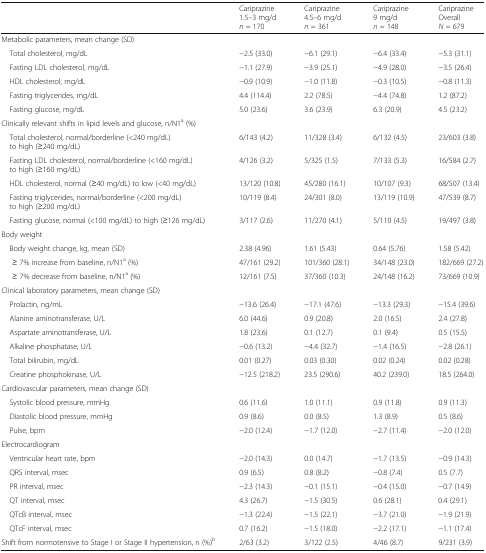
<table><thead><tr><td></td><td><b>Cariprazine1.5–3 mg/d<i>n</i> = 170</b></td><td><b>Cariprazine4.5–6 mg/d<i>n</i> = 361</b></td><td><b>Cariprazine9 mg/d<i>n</i> = 148</b></td><td><b>CariprazineOverall<i>N</i> = 679</b></td></tr></thead><tbody><tr><td colspan="5">Metabolic parameters, mean change (SD)</td></tr><tr><td> Total cholesterol, mg/dL</td><td>−2.5 (33.0)</td><td>−6.1 (29.1)</td><td>−6.4 (33.4)</td><td>−5.3 (31.1)</td></tr><tr><td> Fasting LDL cholesterol, mg/dL</td><td>−1.1 (27.9)</td><td>−3.9 (25.1)</td><td>−4.9 (28.0)</td><td>−3.5 (26.4)</td></tr><tr><td> HDL cholesterol, mg/dL</td><td>−0.9 (10.9)</td><td>−1.0 (11.8)</td><td>−0.3 (10.5)</td><td>−0.8 (11.3)</td></tr><tr><td> Fasting triglycerides, mg/dL</td><td>4.4 (114.4)</td><td>2.2 (78.5)</td><td>−4.4 (74.8)</td><td>1.2 (87.2)</td></tr><tr><td> Fasting glucose, mg/dL</td><td>5.0 (23.6)</td><td>3.6 (23.9)</td><td>6.3 (20.9)</td><td>4.5 (23.2)</td></tr><tr><td colspan="5">Clinically relevant shifts in lipid levels and glucose, n/N1<sup>a</sup> (%)</td></tr><tr><td> Total cholesterol, normal/borderline (&lt;240 mg/dL) to high (≥240 mg/dL)</td><td>6/143 (4.2)</td><td>11/328 (3.4)</td><td>6/132 (4.5)</td><td>23/603 (3.8)</td></tr><tr><td> Fasting LDL cholesterol, normal/borderline (&lt;160 mg/dL) to high (≥160 mg/dL)</td><td>4/126 (3.2)</td><td>5/325 (1.5)</td><td>7/133 (5.3)</td><td>16/584 (2.7)</td></tr><tr><td> HDL cholesterol, normal (≥40 mg/dL) to low (&lt;40 mg/dL)</td><td>13/120 (10.8)</td><td>45/280 (16.1)</td><td>10/107 (9.3)</td><td>68/507 (13.4)</td></tr><tr><td> Fasting triglycerides, normal/borderline (&lt;200 mg/dL) to high (≥200 mg/dL)</td><td>10/119 (8.4)</td><td>24/301 (8.0)</td><td>13/119 (10.9)</td><td>47/539 (8.7)</td></tr><tr><td> Fasting glucose, normal (&lt;100 mg/dL) to high (≥126 mg/dL)</td><td>3/117 (2.6)</td><td>11/270 (4.1)</td><td>5/110 (4.5)</td><td>19/497 (3.8)</td></tr><tr><td colspan="5">Body weight</td></tr><tr><td> Body weight change, kg, mean (SD)</td><td>2.38 (4.96)</td><td>1.61 (5.43)</td><td>0.64 (5.76)</td><td>1.58 (5.42)</td></tr><tr><td>≥ 7% increase from baseline, n/N1<sup>a</sup> (%)</td><td>47/161 (29.2)</td><td>101/360 (28.1)</td><td>34/148 (23.0)</td><td>182/669 (27.2)</td></tr><tr><td>≥ 7% decrease from baseline, n/N1<sup>a</sup> (%)</td><td>12/161 (7.5)</td><td>37/360 (10.3)</td><td>24/148 (16.2)</td><td>73/669 (10.9)</td></tr><tr><td colspan="5">Clinical laboratory parameters, mean change (SD)</td></tr><tr><td> Prolactin, ng/mL</td><td>−13.6 (26.4)</td><td>−17.1 (47.6)</td><td>−13.3 (29.3)</td><td>−15.4 (39.6)</td></tr><tr><td> Alanine aminotransferase, U/L</td><td>6.0 (44.6)</td><td>0.9 (20.8)</td><td>2.0 (16.5)</td><td>2.4 (27.8)</td></tr><tr><td> Aspartate aminotransferase, U/L</td><td>1.8 (23.6)</td><td>0.1 (12.7)</td><td>0.1 (9.4)</td><td>0.5 (15.5)</td></tr><tr><td> Alkaline phosphatase, U/L</td><td>−0.6 (13.2)</td><td>−4.4 (32.7)</td><td>−1.4 (16.5)</td><td>−2.8 (26.1)</td></tr><tr><td> Total bilirubin, mg/dL</td><td>0.01 (0.27)</td><td>0.03 (0.30)</td><td>0.02 (0.24)</td><td>0.02 (0.28)</td></tr><tr><td> Creatine phosphokinase, U/L</td><td>−12.5 (218.2)</td><td>23.5 (290.6)</td><td>40.2 (239.0)</td><td>18.5 (264.0)</td></tr><tr><td colspan="5">Cardiovascular parameters, mean change (SD)</td></tr><tr><td> Systolic blood pressure, mmHg</td><td>0.6 (11.6)</td><td>1.0 (11.1)</td><td>0.9 (11.8)</td><td>0.9 (11.3)</td></tr><tr><td> Diastolic blood pressure, mmHg</td><td>0.9 (8.6)</td><td>0.0 (8.5)</td><td>1.3 (8.9)</td><td>0.5 (8.6)</td></tr><tr><td> Pulse, bpm</td><td>−2.0 (12.4)</td><td>−1.7 (12.0)</td><td>−2.7 (11.4)</td><td>−2.0 (12.0)</td></tr><tr><td colspan="5">Electrocardiogram</td></tr><tr><td> Ventricular heart rate, bpm</td><td>−2.0 (14.3)</td><td>0.0 (14.7)</td><td>−1.7 (13.5)</td><td>−0.9 (14.3)</td></tr><tr><td> QRS interval, msec</td><td>0.9 (6.5)</td><td>0.8 (8.2)</td><td>−0.8 (7.4)</td><td>0.5 (7.7)</td></tr><tr><td> PR interval, msec</td><td>−2.3 (14.3)</td><td>−0.1 (15.1)</td><td>−0.4 (15.0)</td><td>−0.7 (14.9)</td></tr><tr><td> QT interval, msec</td><td>4.3 (26.7)</td><td>−1.5 (30.5)</td><td>0.6 (28.1)</td><td>0.4 (29.1)</td></tr><tr><td> QTcB interval, msec</td><td>−1.3 (22.4)</td><td>−1.5 (22.1)</td><td>−3.7 (21.0)</td><td>−1.9 (21.9)</td></tr><tr><td> QTcF interval, msec</td><td>0.7 (16.2)</td><td>−1.5 (18.0)</td><td>−2.2 (17.1)</td><td>−1.1 (17.4)</td></tr><tr><td>Shift from normotensive to Stage I or Stage II hypertension, n (%)<sup>b</sup></td><td>2/63 (3.2)</td><td>3/122 (2.5)</td><td>4/46 (8.7)</td><td>9/231 (3.9)</td></tr></tbody></table>